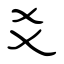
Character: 爻